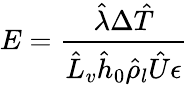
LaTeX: E=\frac{\hat{\lambda}\Delta\hat{T}}{\hat{L}_{v}\hat{h}_{0}\hat{\rho}_{l}\hat{U}\epsilon}